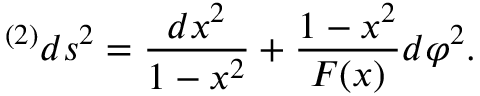
{ } ^ { ( 2 ) } d s ^ { 2 } = { \frac { d x ^ { 2 } } { 1 - x ^ { 2 } } } + { \frac { 1 - x ^ { 2 } } { F ( x ) } } d \varphi ^ { 2 } .